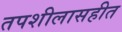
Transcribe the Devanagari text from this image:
तपशीलासहीत